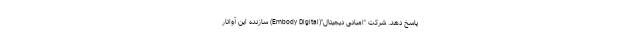
پاسخ دهد. شرکت "امبادی دیجیتال"(Embody Digital) سازنده این آواتار